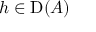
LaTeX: h \in \operatorname { D } ( A )